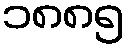
၁၈၈၅